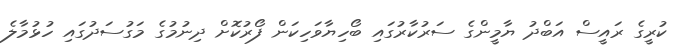
ކުރީގެ ރައީސް އަބްދު ޔާމީންގެ ސަރުކާރުގައި ބޯހިޔާވަހިކަން ފޯރުކޮށް ދިނުމުގެ މަގުސަދުގައި ހުޅުމާލެ